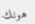
هونك